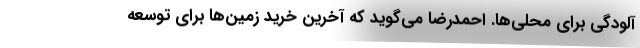
آلودگي براي محلي‌ها. احمدرضا مي‌گويد كه آخرين خريد زمين‌ها براي توسعه